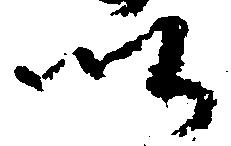
以